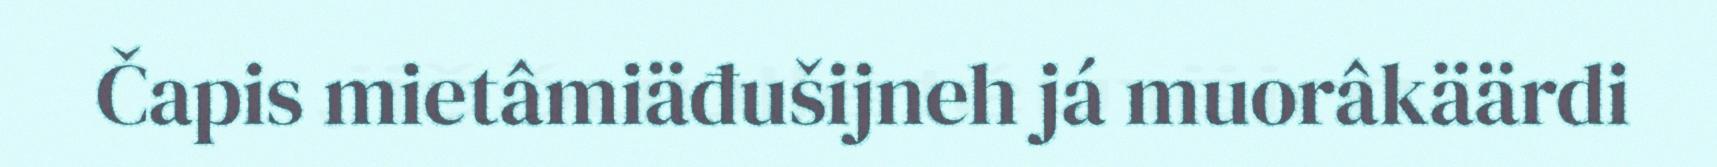
Čapis mietâmiäđušijneh já muorâkäärdi